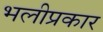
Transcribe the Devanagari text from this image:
भलीप्रकार